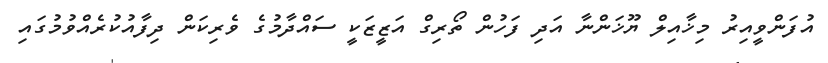
އުފަންވީއިރު މިޚާއިލް ޔޫޚަންނާ އަދި ފަހުން ތޯރިގް އަޒީޒަކީ ސައްދާމުގެ ވެރިކަން ދިފާއުކުރެއްވުމުގައި